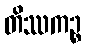
တိဿကဉ္စ